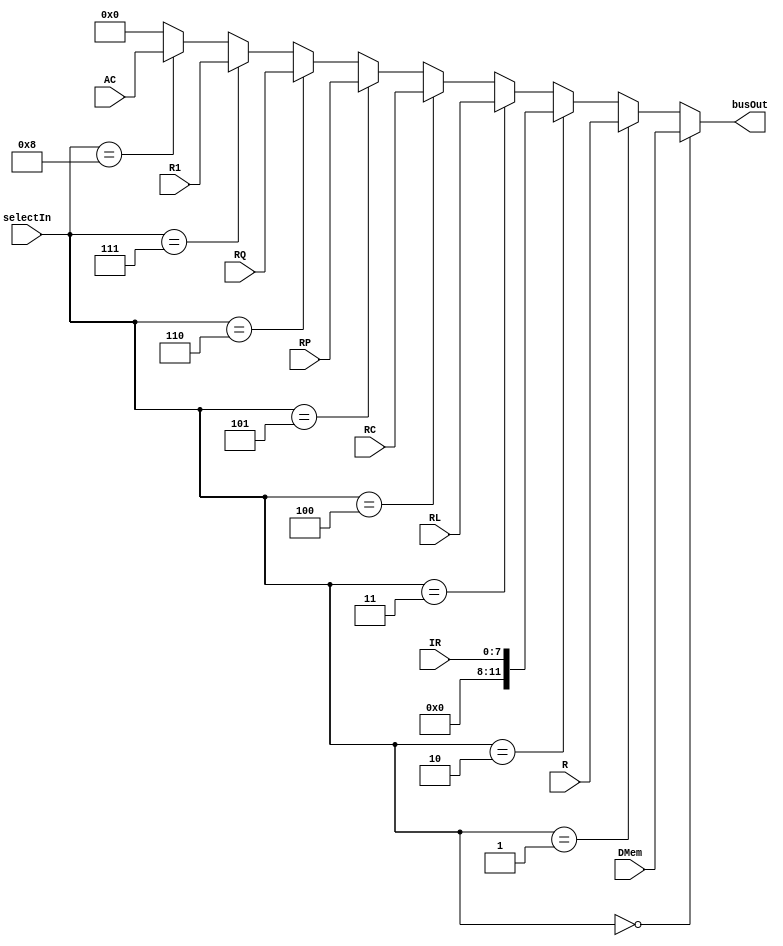
module multiplexer 
#(
    parameter REG_WIDTH = 12,
    parameter INS_WIDTH = 8
)
(
    input [3:0]selectIn,  
    input [REG_WIDTH-1:0]DMem, R, RL, RC, RP, RQ, R1, AC,
    input [INS_WIDTH-1:0]IR,
    output [REG_WIDTH-1:0]busOut
);

//control signals to select the bus input 
localparam  [3:0]
    DMem_sel = 4'b0, 
    R_sel    = 4'd1,
    IR_sel   = 4'd2,
    RL_sel   = 4'd3,
    RC_sel   = 4'd4,
    RP_sel   = 4'd5,
    RQ_sel   = 4'd6,
    R1_sel   = 4'd7,
    AC_sel   = 4'd8,
    idle     = 4'd9;


//input of the data-bus is selected as below
assign busOut = (selectIn == DMem_sel)? DMem:
                (selectIn == R_sel) ? R:
                (selectIn == IR_sel)? {{(REG_WIDTH-INS_WIDTH){1'b0}},IR}: //first 3 bits are zero
                (selectIn == RL_sel)? RL:
                (selectIn == RC_sel)? RC:
                (selectIn == RP_sel)? RP:
                (selectIn == RQ_sel)? RQ:
                (selectIn == R1_sel)? R1:
                (selectIn == AC_sel)? AC:
                {REG_WIDTH{1'b0}};

endmodule //multiplexer